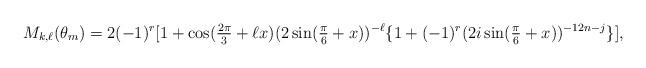
LaTeX: \begin{align*}M_{k,\ell}(\theta_m) = 2(-1)^r[1+\cos(\tfrac{2\pi}{3}+\ell x)(2\sin(\tfrac{\pi}{6}+x))^{-\ell} \{1 + (-1)^r (2 i \sin(\tfrac{\pi}{6} + x))^{-12n-j} \} ],\end{align*}